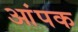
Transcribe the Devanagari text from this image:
आंपक